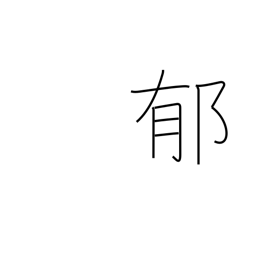
Meaning: perfume